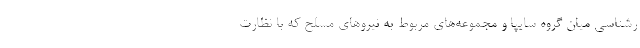
رشناسي ميان گروه سايپا و مجموعه‌هاي مربوط به نيروهاي مسلح كه با نظارت